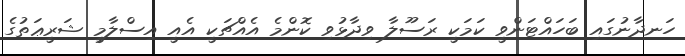
ހަނދާނުގައި ބަހައްޓަންވީ ކަމަކީ ރަސޫލާ ވިދާޅުވި ކޮންމެ އެއްޗަކީ އެއީ އިސްލާމީ ޝަރީޢަތުގެ